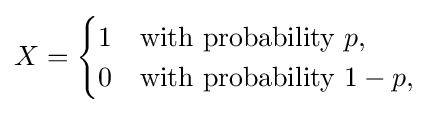
X={\begin{cases}1&{\text{with probability }}p,\\0&{\text{with probability }}1-p,\end{cases}}